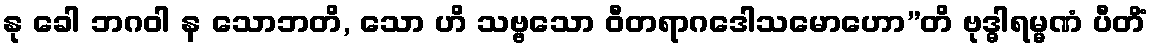
နု ခေါ ဘဂဝါ န သောဘတိ, သော ဟိ သဗ္ဗသော ဝီတရာဂဒေါသမောဟော”တိ ဗုဒ္ဓါရမ္မဏံ ပီတိံ